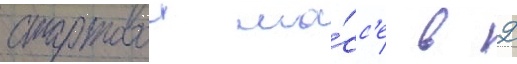
стартовои ма́сс'е в 2